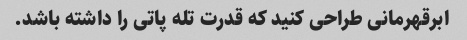
ابرقهرمانی طراحی کنید که قدرت تله پاتی را داشته باشد.